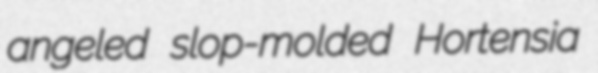
angeled slop-molded Hortensia